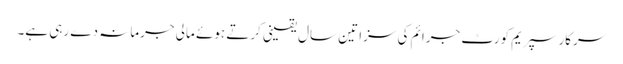
سرکار سپریم کورٹ جرائم کی سزا تین سال یقینی کرتے ہوئے مالی جرمانہ دے رہی ہے۔